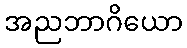
အညဘာဂိယော